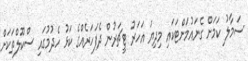
ސަމާލު ކަމަށް ގެނައުމަށްޓަކައި މިދިޔަ އަހަރު ޓީޗަރުން ދެފަހަރެއްގެ ކަޅު ހެދުމުގައި ސްކޫލްތަކަށް